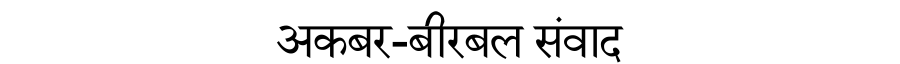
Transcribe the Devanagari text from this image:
अकबर-बीरबल संवाद